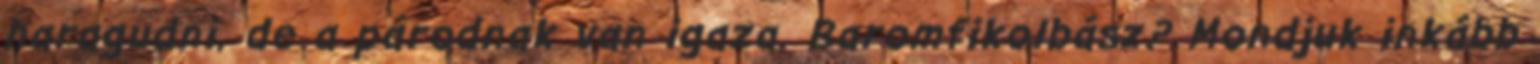
haragudni, de a párodnak van igaza. Baromfikolbász? Mondjuk inkább